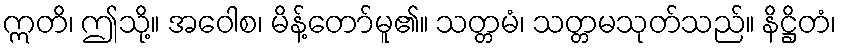
ဣတိ၊ ဤသို့။ အဝေါစ၊ မိန့်တော်မူ၏။ သတ္တမံ၊ သတ္တမသုတ်သည်။ နိဋ္ဌိတံ၊